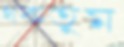
থকতুম